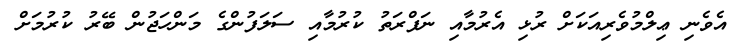
އެވެނި ޢިލްމުވެރިއަކަށް ރުޅި އެރުމާއި ނަފްރަތު ކުރުމާއި ސަލަފުންގެ މަންހަޖުން ބޭރު ކުރުމަށް